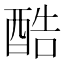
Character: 酷